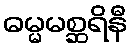
ဓမ္မမစ္ဆရိနီ